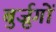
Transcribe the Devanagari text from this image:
बुर्ज़ुगों